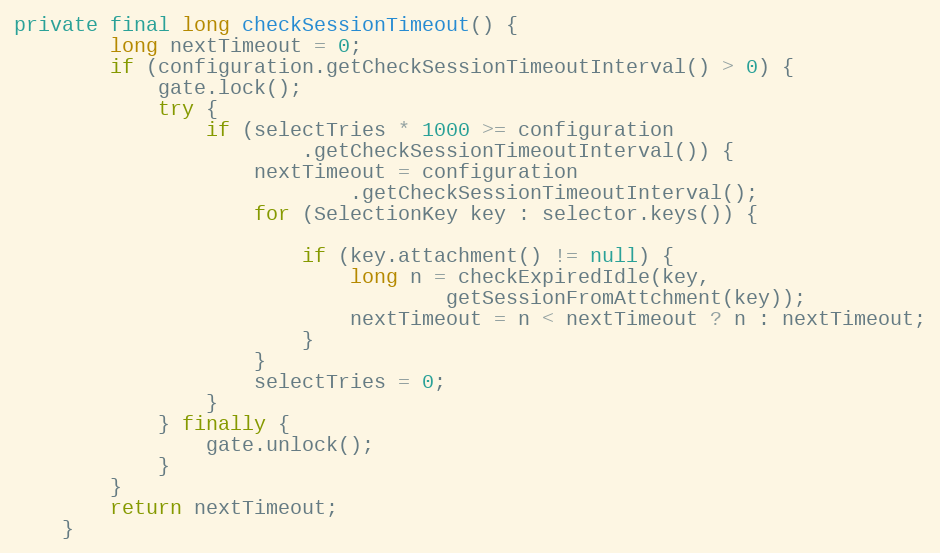
Language: Java
private final long checkSessionTimeout() {
		long nextTimeout = 0;
		if (configuration.getCheckSessionTimeoutInterval() > 0) {
			gate.lock();
			try {
				if (selectTries * 1000 >= configuration
						.getCheckSessionTimeoutInterval()) {
					nextTimeout = configuration
							.getCheckSessionTimeoutInterval();
					for (SelectionKey key : selector.keys()) {

						if (key.attachment() != null) {
							long n = checkExpiredIdle(key,
									getSessionFromAttchment(key));
							nextTimeout = n < nextTimeout ? n : nextTimeout;
						}
					}
					selectTries = 0;
				}
			} finally {
				gate.unlock();
			}
		}
		return nextTimeout;
	}